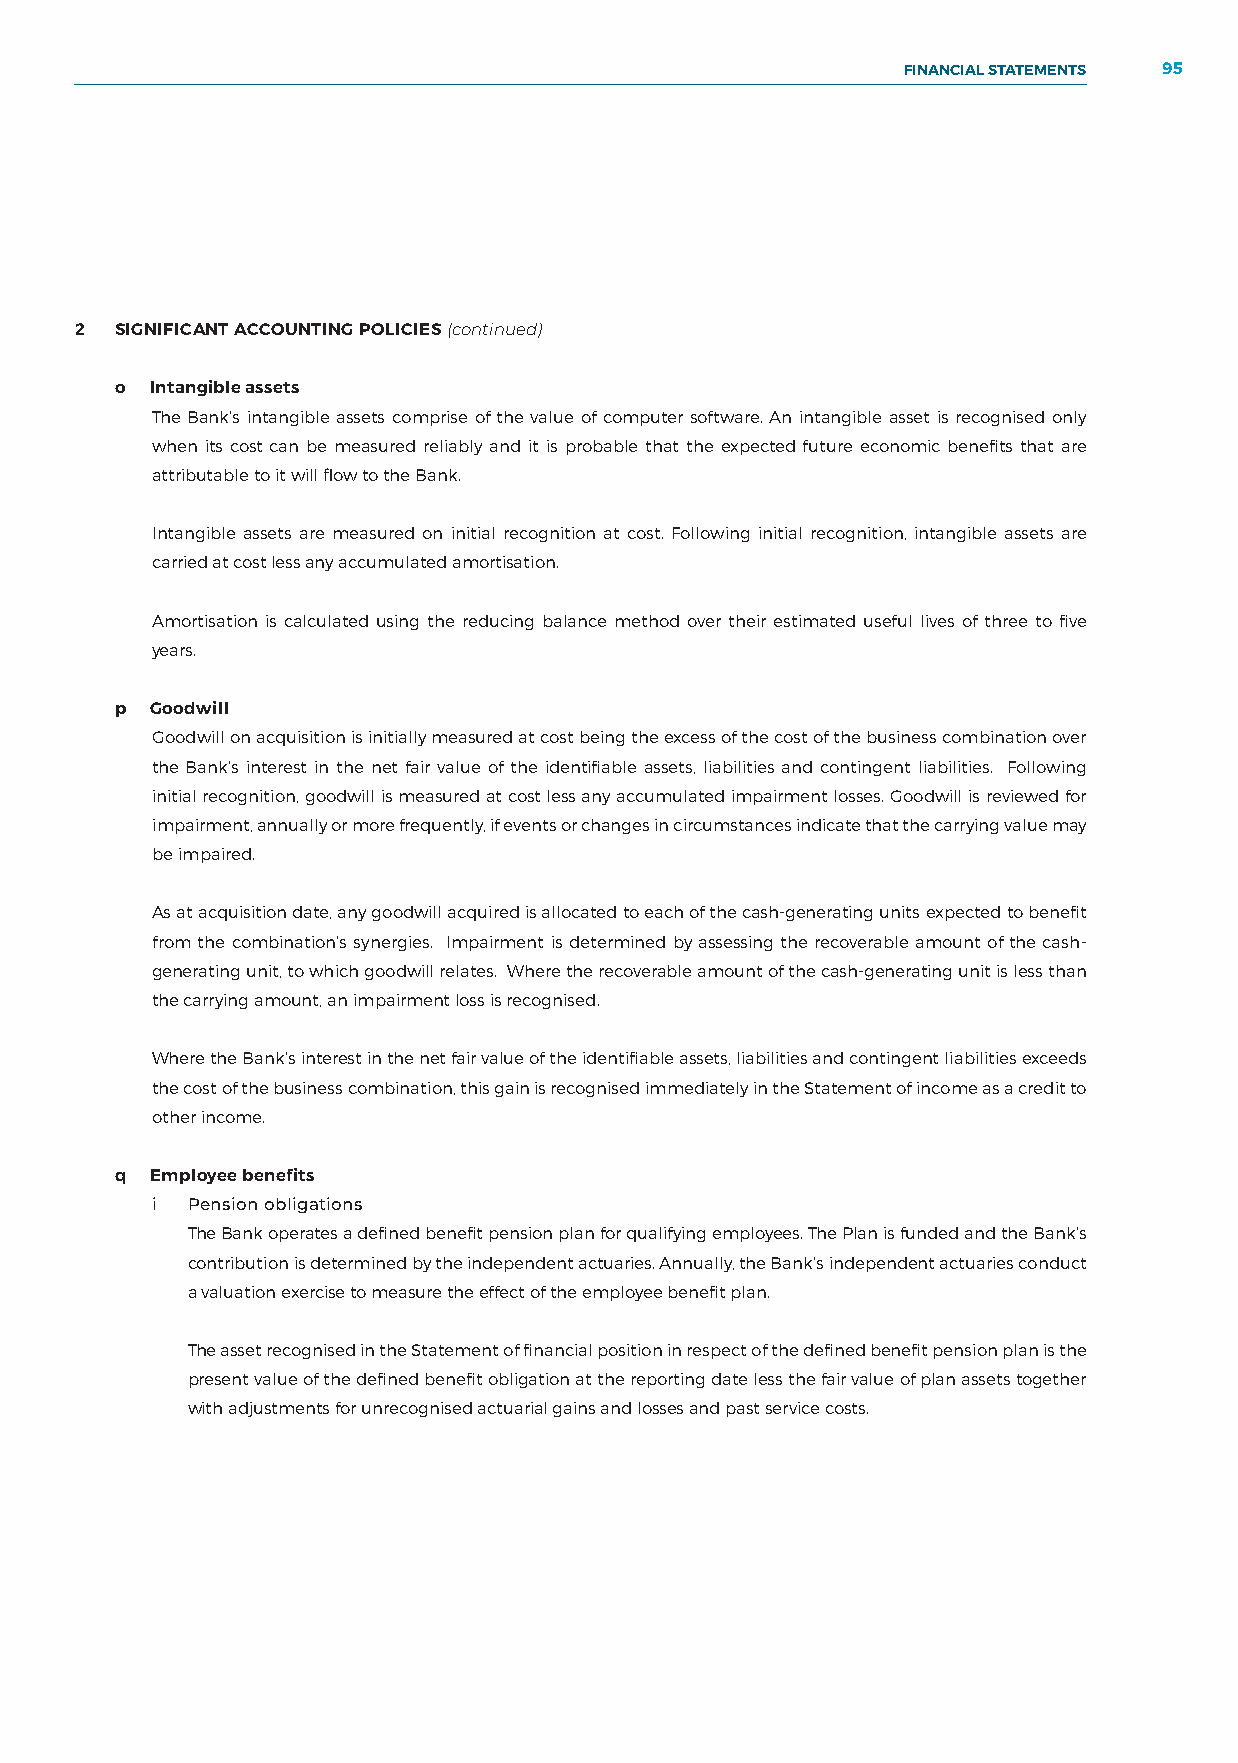
FINANCIAL STATEMENTS 95
 NOTES TO THE FINANCIAL STATEMENTS
 2  SIGNIFICANT ACCOUNTING POLICIES (continued)
 o Intangible assets
 The Bank’s intangible assets comprise of the value of computer software. An intangible asset is recognised only
 when its cost can be measured reliably and it is probable that the expected future economic benefits that are
 attributable to it will flow to the Bank.
 Intangible assets are measured on initial recognition at cost. Following initial recognition, intangible assets are
 carried at cost less any accumulated amortisation.
 Amortisation is calculated using the reducing balance method over their estimated useful lives of three to five
 years.
 p Goodwill
 Goodwill on acquisition is initially measured at cost being the excess of the cost of the business combination over
 the Bank’s interest in the net fair value of the identifiable assets, liabilities and contingent liabilities. Following
 initial recognition, goodwill is measured at cost less any accumulated impairment losses. Goodwill is reviewed for
 impairment, annually or more frequently, if events or changes in circumstances indicate that the carrying value may
 be impaired.
 As at acquisition date, any goodwill acquired is allocated to each of the cash-generating units expected to benefit
 from the combination’s synergies. Impairment is determined by assessing the recoverable amount of the cash-
 generating unit, to which goodwill relates. Where the recoverable amount of the cash-generating unit is less than
 the carrying amount, an impairment loss is recognised.
 Where the Bank’s interest in the net fair value of the identifiable assets, liabilities and contingent liabilities exceeds
 the cost of the business combination, this gain is recognised immediately in the Statement of income as a credit to
 other income.
 q Employee benefits
 i Pension obligations
 The Bank operates a defined benefit pension plan for qualifying employees. The Plan is funded and the Bank’s
 contribution is determined by the independent actuaries. Annually, the Bank’s independent actuaries conduct
 a valuation exercise to measure the effect of the employee benefit plan.
 The asset recognised in the Statement of financial position in respect of the defined benefit pension plan is the
 present value of the defined benefit obligation at the reporting date less the fair value of plan assets together
 with adjustments for unrecognised actuarial gains and losses and past service costs.